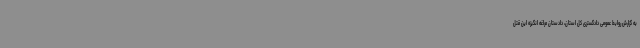
به گزارش روابط عمومی دادگستری کل استان، دادستان مراغه انگیزه این قتل